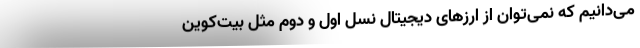
می‌دانیم که نمی‌توان از ارزهای دیجیتال نسل اول و دوم مثل بیت‌کوین